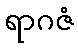
ရာဂဇံ